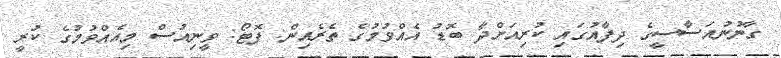
ގާނުނުއަސާސީގެ ދިފާއުގައި ކުރިއަށްދާ ބޮޑު އެއްވުމުގެ ތެރެއިން: ފޮޓޯ: ވީނިއުސް މިއެއްވުމުގެ ކުރީ